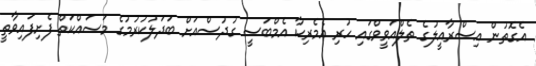
އެގޮތުން އިސްރާއީލުގެ ތެލްއަވީވްގައި ހުރި އެމެރިކާ އެމްބަސީ ގުދުސްއަށް ބަދަލުކުރުމުގެ މަސައްކަތް ފެށިފައިވާތީ